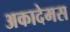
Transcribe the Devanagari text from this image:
अकादेमस